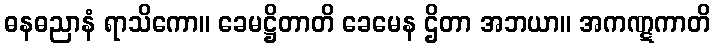
ဓနဓညာနံ ရာသိကော။ ခေမဋ္ဌိတာတိ ခေမေန ဌိတာ အဘယာ။ အကဏ္ဋကာတိ